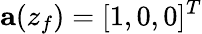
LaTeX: \mathbf{a}(z_{f})=\lbrack 1,0,0\rbrack^{T}